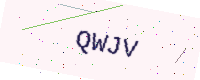
Text: QWJV